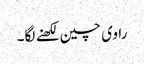
راوی چین لکھنے لگا۔